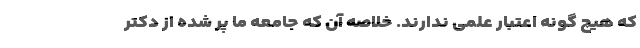
که هیچ گونه اعتبار علمی ندارند. خلاصه آن که جامعه ما پر شده از دکتر